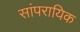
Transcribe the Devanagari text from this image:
सांपरायिक